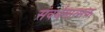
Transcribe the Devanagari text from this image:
संवर्धनात्‍मक